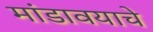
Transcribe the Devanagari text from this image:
मांडावयाचे